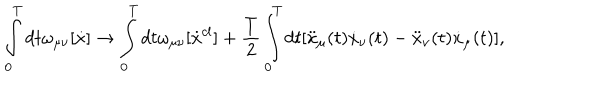
LaTeX: \int _ { 0 } ^ { T } { d t } \omega _ { \mu \nu } [ \dot { x } ] \to \int _ { 0 } ^ { T } { d t \omega _ { \mu \nu } } [ \dot { x } ^ { c l } ] + \frac { T } { 2 } \int _ { 0 } ^ { T } { d t [ \ddot { x } _ { \mu } } ( t ) \dot { x } _ { \nu } ( t ) - \ddot { x } _ { \nu } ( t ) \dot { x } _ { \mu } ( t ) ] ,